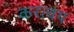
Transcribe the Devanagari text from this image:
करत्वय